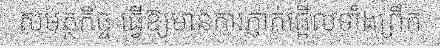
សមត្ថកិច្ច ធ្វើឱ្យមានការភ្ញាក់ផ្អើលទាំងព្រឹក